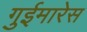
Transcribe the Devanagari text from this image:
गुईमारेस